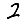
Digit: 2